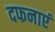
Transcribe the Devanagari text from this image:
दफनाएं